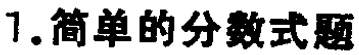
1. 简单的分数式题